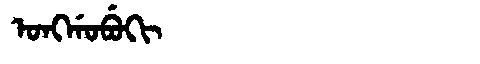
Manchu: ᠣᠩᡤᠣᠪᡠᡴᡳ
Romanization: ONGGOBUKI